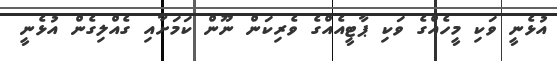
އުޅެނީ ވަކި މީހެއްގެ ވަކި ޕާޓީއެއްގެ ވެރިކަން ނޫން ކަމަށާއި ގެއްލިގެން އުޅެނީ